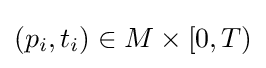
(p_{i},t_{i})\in M\times [0,T)